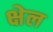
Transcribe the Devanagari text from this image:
क्षेल